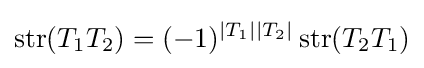
\operatorname {str} (T_{1}T_{2})=(-1)^{|T_{1}||T_{2}|}\operatorname {str} (T_{2}T_{1})